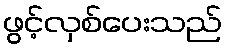
ဖွင့်လှစ်ပေးသည်